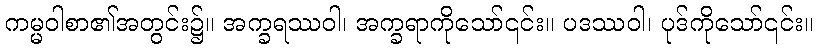
ကမ္မဝါစာ၏အတွင်း၌။ အက္ခရဿဝါ၊ အက္ခရာကိုသော်၎င်း။ ပဒဿဝါ၊ ပုဒ်ကိုသော်၎င်း။